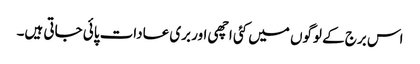
اس برج کے لوگوں میں کئی اچھی اور بری عادات پائی جاتی ہیں۔